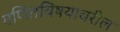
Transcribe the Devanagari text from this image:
गणितविषयावरील